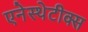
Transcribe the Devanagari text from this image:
एनेस्थेटीक्स